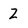
Character: 2